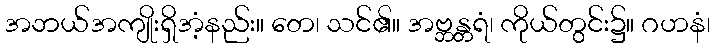
အဘယ်အကျိုးရှိအံ့နည်း။ တေ၊ သင်၏။ အဗ္ဘန္တရံ၊ ကိုယ်တွင်း၌။ ဂဟနံ၊